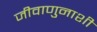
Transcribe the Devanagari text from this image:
जीवाणुनाशी